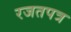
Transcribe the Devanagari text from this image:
रजतपत्र